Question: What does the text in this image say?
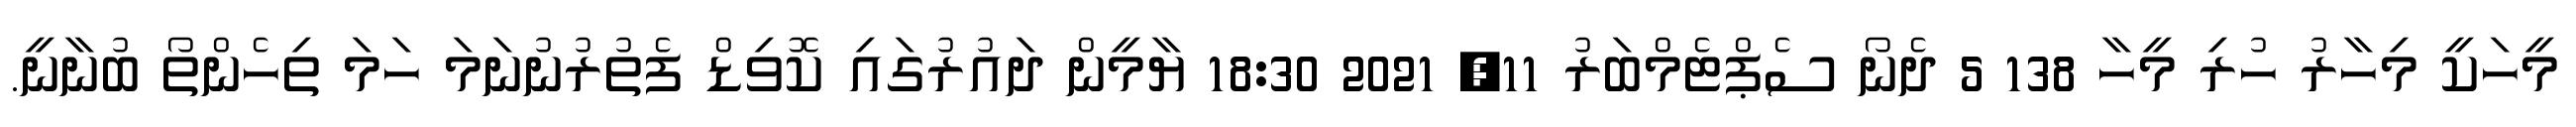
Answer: މީހަކީ މިހާރު ހުރި މީހާ 138 5 ދެނޯ ސެޕްޓެމްބަރު 11, 2021 18:30 ޔާމީން ދައުރުގައި ކޮވިޑް ފެތުރުނުނަމަ ހަމަ ތިހެންތޯ ބުނާނީ.